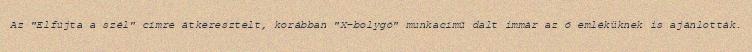
Az "Elfújta a szél" címre átkeresztelt, korábban "X-bolygó" munkacímű dalt immár az ő emléküknek is ajánlották.